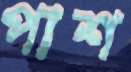
পাশ